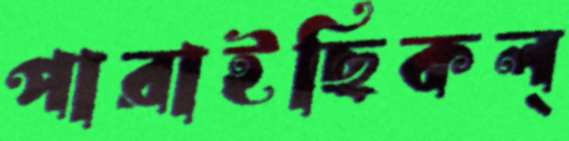
পারাইছিকল্